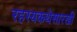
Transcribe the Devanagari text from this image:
रहस्यकथेसारखी